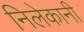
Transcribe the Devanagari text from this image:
निलेकानी